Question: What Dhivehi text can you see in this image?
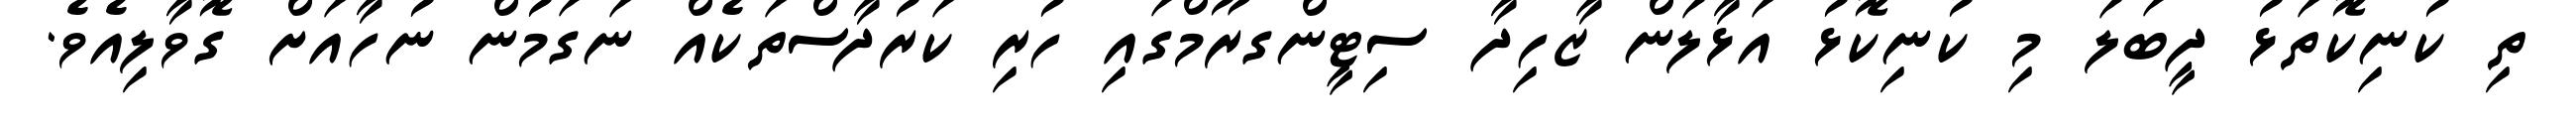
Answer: ތި ކުނިކޮތަޅު ދީބަލަ މި ކުނިކޮޅު އަޅާލަން ޒާހިދާ ސިޓީންގރޫމްގައި ހުރި ކަރުދާސްތަކެއް ނަގަމުން ނުހާއަށް ގޮވާލިއެވެ.